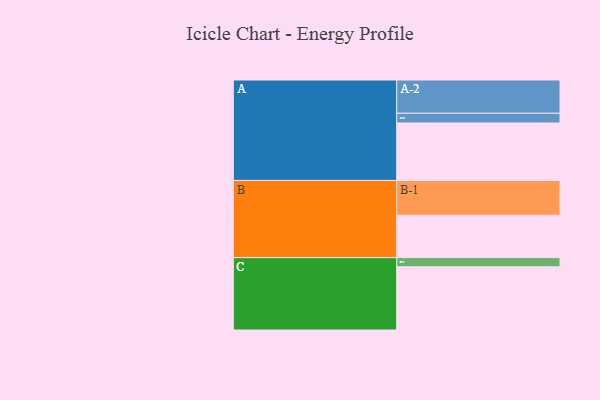
{"axis": {"x": "Segment", "y": "Value"}, "legend": ["", "A", "B", "C"], "data": [{"x": "A", "y": 432, "type": ""}, {"x": "B", "y": 319, "type": ""}, {"x": "C", "y": 475, "type": ""}, {"x": "A-1", "y": 73, "type": "A"}, {"x": "A-2", "y": 250, "type": "A"}, {"x": "B-1", "y": 261, "type": "B"}, {"x": "C-1", "y": 69, "type": "C"}]}